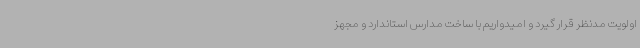
اولویت مدنظر قرار گیرد و امیدواریم با ساخت مدارس استاندارد و مجهز